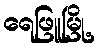
ရေဖြူမြို့